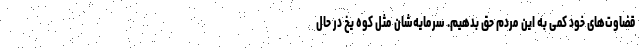
قضاوت‌های خود کمی به این مردم حق بدهیم. سرمایه‌شان مثل کوه یخ در حال